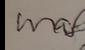
Signature authenticity: forged